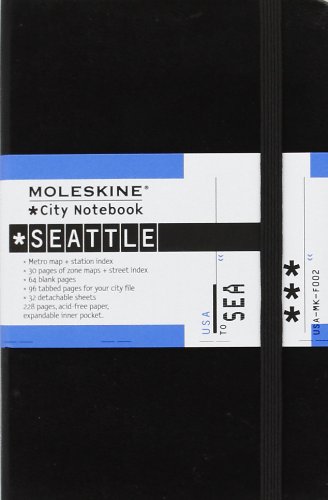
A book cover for Moleskine City Notebook Seattle; Moleskine; Travel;